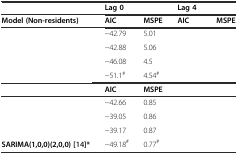
<table><thead><tr><td>[EMPTY_CELL]</td><td colspan="2"><b>Lag 0</b></td><td colspan="2"><b>Lag 4</b></td></tr><tr><td><b>Model (Non-residents)</b></td><td><b>AIC</b></td><td><b>MSPE</b></td><td><b>AIC</b></td><td><b>MSPE</b></td></tr></thead><tbody><tr><td>[EMPTY_CELL]</td><td>−42.79</td><td>5.01</td><td>[EMPTY_CELL]</td><td>[EMPTY_CELL]</td></tr><tr><td>[EMPTY_CELL]</td><td>−42.88</td><td>5.06</td><td>[EMPTY_CELL]</td><td>[EMPTY_CELL]</td></tr><tr><td>[EMPTY_CELL]</td><td>−46.08</td><td>4.5</td><td>[EMPTY_CELL]</td><td>[EMPTY_CELL]</td></tr><tr><td>[EMPTY_CELL]</td><td>−51.1<sup>#</sup></td><td>4.54<sup>#</sup></td><td>[EMPTY_CELL]</td><td>[EMPTY_CELL]</td></tr><tr><td>[EMPTY_CELL]</td><td><b>AIC</b></td><td><b>MSPE</b></td><td>[EMPTY_CELL]</td><td>[EMPTY_CELL]</td></tr><tr><td>[EMPTY_CELL]</td><td>−42.66</td><td>0.85</td><td>[EMPTY_CELL]</td><td>[EMPTY_CELL]</td></tr><tr><td>[EMPTY_CELL]</td><td>−39.05</td><td>0.86</td><td>[EMPTY_CELL]</td><td>[EMPTY_CELL]</td></tr><tr><td>[EMPTY_CELL]</td><td>−39.17</td><td>0.87</td><td>[EMPTY_CELL]</td><td>[EMPTY_CELL]</td></tr><tr><td><b>SARIMA(1,0,0)(2,0,0)</b>[14]<b>*</b></td><td>−49.18<sup>#</sup></td><td>0.77<sup>#</sup></td><td>[EMPTY_CELL]</td><td>[EMPTY_CELL]</td></tr></tbody></table>